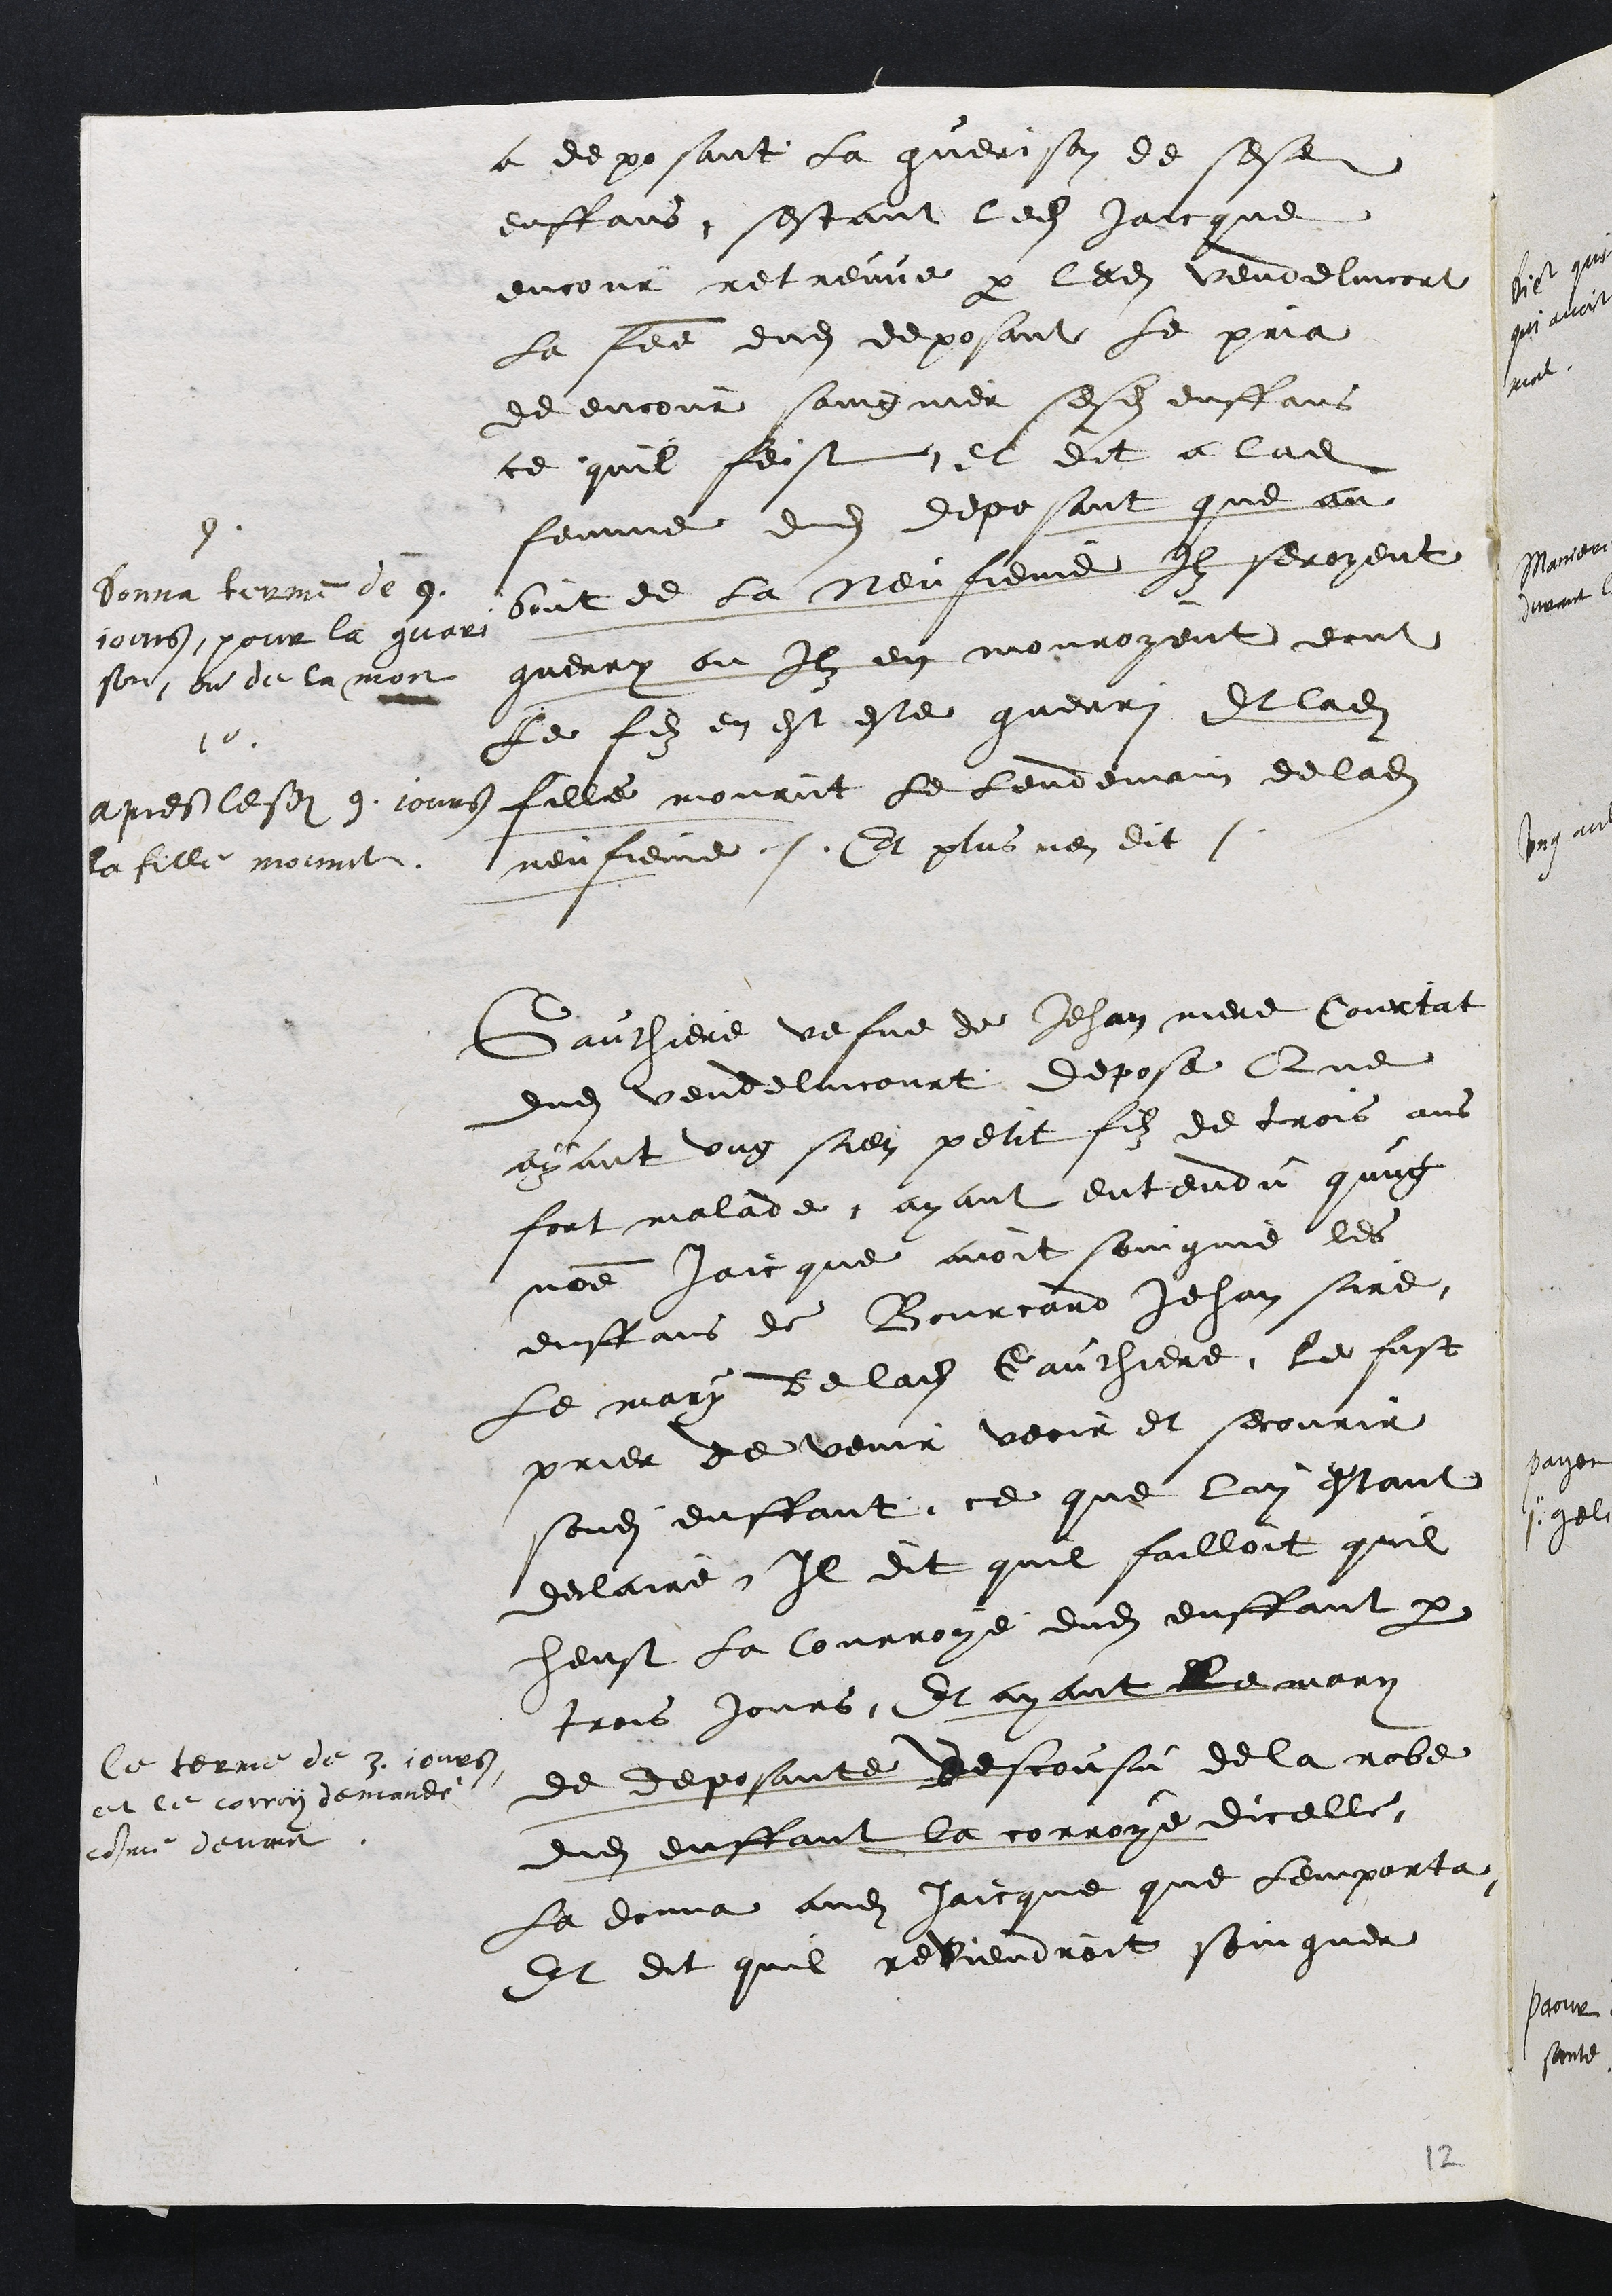
a deposant la guerison de sesdits
enffans, sestant ledit Jaicque
encour retreuve par ledit Vendelincort
La femme dudit deposant le pria
de encour saingnier sesdits enffans
ce quil feist et dit a ladite
femme dudit deposant que au
bout de la Neufieme Ilz seroyent
guerry ou Ilz en mouroyent dont
Le fils en est este guerri Et ladite
fille mourut le lendemain de ladite
neufieme Et plus nen dit
9
Donna terme de 9
jours pour la guari
son ou de la mort
10
apres lesdits 9. jours
la fille mourut
Gauthiere vefve de Jehan mere Courtat
dudit vendelincourt depose Que
ayant ung sien petit filz de trois ans
fort malade, ayant entendu qung
nomme Jaicque avoit soingnie les
enffans de Bourcard Jehan sire,
Le mary de ladite Gauthiere le fust
prier de venir veoir et secourir
sondit enffant ce que lui estant
declaire Il dit quil failloit quil
heust la Courroye dudit enffant par
trois jours Et ayant le mary
de deposante descousu de la robe
dudit enffant la corroye dicelle
La donna audit Jaicque que lemporta
Et dit quil rebiendroit soingner
le terme de 3 jours
et le corroy demandé
comme devant

12